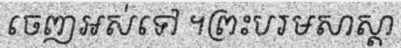
ចេញអស់ទៅ ។ព្រះបរមសាស្តា